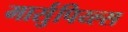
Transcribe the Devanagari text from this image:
मार्सुपिय्ल्स